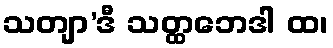
သတျာ’ဒီ သတ္ထဘေဒါ ထ၊